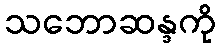
သဘောဆန္ဒကို